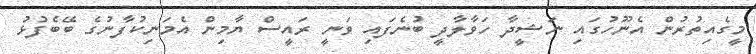
މީގެއިތުރުން އެނޫހުގައި ނަޝީދާ ހަވާލާދީ ބުނެފައި ވަނީ ރައީސް ޔާމިން އެމަނިކުފާނުގެ ބޭބެފުޅު